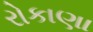
રોકાણા